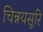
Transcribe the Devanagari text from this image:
चिन्नयसूरि